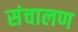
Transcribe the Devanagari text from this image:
संचालण